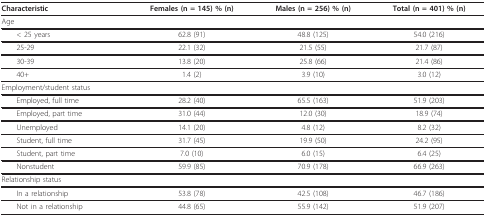
| Characteristic | Females (n = 145) % (n) | Males (n = 256) % (n) | Total (n = 401) % (n) |
 | --- | --- | --- | --- |
 | Age |  |  |  |
 | < 25 years | 62.8 (91) | 48.8 (125) | 54.0 (216) |
 | 25-29 | 22.1 (32) | 21.5 (55) | 21.7 (87) |
 | 30-39 | 13.8 (20) | 25.8 (66) | 21.4 (86) |
 | 40+ | 1.4 (2) | 3.9 (10) | 3.0 (12) |
 | Employment/student status |  |  |  |
 | Employed, full time | 28.2 (40) | 65.5 (163) | 51.9 (203) |
 | Employed, part time | 31.0 (44) | 12.0 (30) | 18.9 (74) |
 | Unemployed | 14.1 (20) | 4.8 (12) | 8.2 (32) |
 | Student, full time | 31.7 (45) | 19.9 (50) | 24.2 (95) |
 | Student, part time | 7.0 (10) | 6.0 (15) | 6.4 (25) |
 | Nonstudent | 59.9 (85) | 70.9 (178) | 66.9 (263) |
 | Relationship status |  |  |  |
 | In a relationship | 53.8 (78) | 42.5 (108) | 46.7 (186) |
 | Not in a relationship | 44.8 (65) | 55.9 (142) | 51.9 (207) |